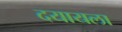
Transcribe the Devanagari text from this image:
दयायला